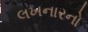
લખનારનો